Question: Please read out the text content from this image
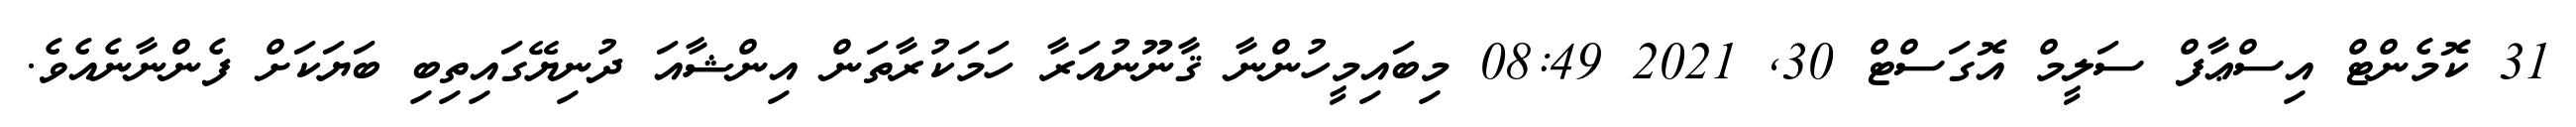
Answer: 31 ކޮމެންޓް އިސްޢާފް ސަލީމް އޮގަސްޓް 30, 2021 08:49 މިބައިމީހުންނާ ޤާނޫނުއަރާ ހަމަކުރާތަން އިންޝާއަ ދުނިޔޭގައިތިބި ބަޔަކަށް ފެންނާނެއެވެ.